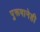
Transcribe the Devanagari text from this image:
पुरूषानेही